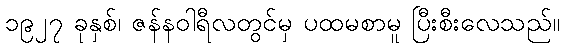
၁၉၂၇ ခုနှစ်၊ ဇန်နဝါရီလတွင်မှ ပထမစာမူ ပြီးစီးလေသည်။